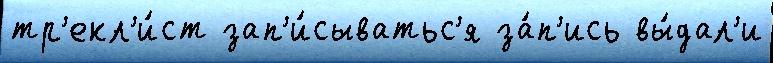
тр'екл'и́ст зап'и́сыватьс'я за́п'ись вы́дал'и